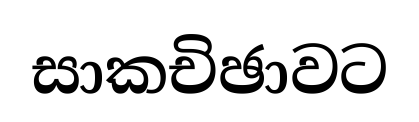
සාකචිඡාවට